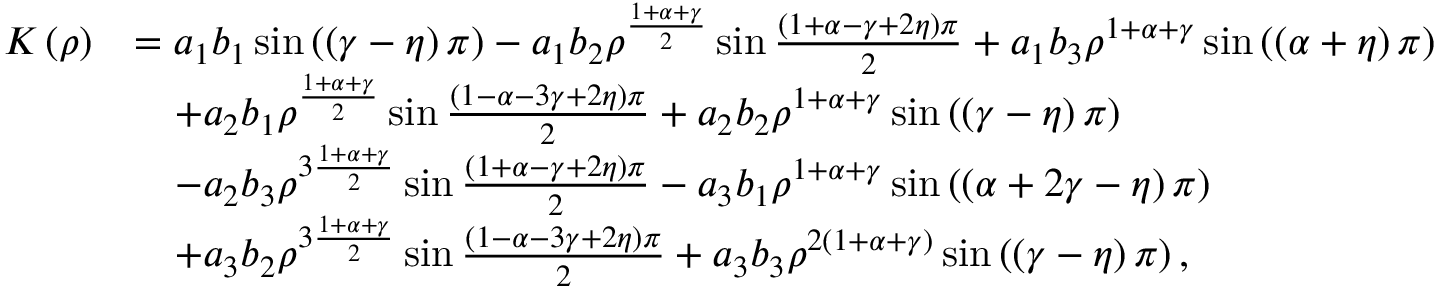
\begin{array} { r l } { K \left( \rho \right) } & { = a _ { 1 } b _ { 1 } \sin \left( \left( \gamma - \eta \right) \pi \right) - a _ { 1 } b _ { 2 } \rho ^ { \frac { 1 + \alpha + \gamma } { 2 } } \sin \frac { \left( 1 + \alpha - \gamma + 2 \eta \right) \pi } { 2 } + a _ { 1 } b _ { 3 } \rho ^ { 1 + \alpha + \gamma } \sin \left( \left( \alpha + \eta \right) \pi \right) } \\ & { \quad + a _ { 2 } b _ { 1 } \rho ^ { \frac { 1 + \alpha + \gamma } { 2 } } \sin \frac { \left( 1 - \alpha - 3 \gamma + 2 \eta \right) \pi } { 2 } + a _ { 2 } b _ { 2 } \rho ^ { 1 + \alpha + \gamma } \sin \left( \left( \gamma - \eta \right) \pi \right) } \\ & { \quad - a _ { 2 } b _ { 3 } \rho ^ { 3 \frac { 1 + \alpha + \gamma } { 2 } } \sin \frac { \left( 1 + \alpha - \gamma + 2 \eta \right) \pi } { 2 } - a _ { 3 } b _ { 1 } \rho ^ { 1 + \alpha + \gamma } \sin \left( \left( \alpha + 2 \gamma - \eta \right) \pi \right) } \\ & { \quad + a _ { 3 } b _ { 2 } \rho ^ { 3 \frac { 1 + \alpha + \gamma } { 2 } } \sin \frac { \left( 1 - \alpha - 3 \gamma + 2 \eta \right) \pi } { 2 } + a _ { 3 } b _ { 3 } \rho ^ { 2 \left( 1 + \alpha + \gamma \right) } \sin \left( \left( \gamma - \eta \right) \pi \right) , } \end{array}